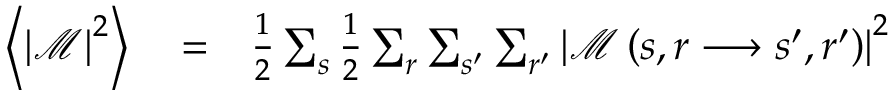
\begin{array} { r l r } { \left\langle \left\vert \mathcal { M } \right\vert ^ { 2 } \right\rangle } & { { } = } & { \frac { 1 } { 2 } \sum _ { s } \frac { 1 } { 2 } \sum _ { r } \sum _ { s ^ { \prime } } \sum _ { r ^ { \prime } } \left\vert \mathcal { M } \left( s , r \longrightarrow s ^ { \prime } , r ^ { \prime } \right) \right\vert ^ { 2 } } \end{array}